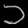
Digit: ၁